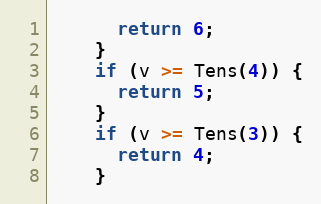
Language: C++
      return 6;
    }
    if (v >= Tens(4)) {
      return 5;
    }
    if (v >= Tens(3)) {
      return 4;
    }